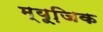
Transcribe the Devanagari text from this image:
म्‍यूजि़क